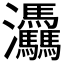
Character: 𤆀